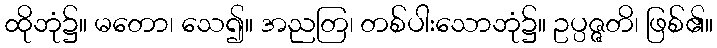
ထိုဘုံ၌။ မတော၊ သေ၍။ အညတြ၊ တစ်ပါးသောဘုံ၌။ ဥပ္ပဇ္ဇတိ၊ ဖြစ်၏။